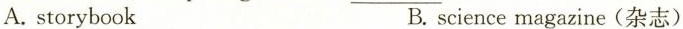
A. storybook B. science magazine(杂志)